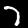
Digit: 7